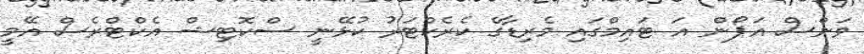
ވަންސް އަޕޯން އަ ޓައިމްގައި މެރިޑާގެ ކެރެކްޓަރު ކުޅޭނީ ސްކޮޓިޝް އެކްޓްރެސް އޭމީ